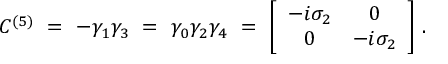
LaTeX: C ^ { ( 5 ) } \ = \ - \gamma _ { 1 } \gamma _ { 3 } \ = \ \gamma _ { 0 } \gamma _ { 2 } \gamma _ { 4 } \ = \ \left[ \begin{array} { c c } { { - i \sigma _ { 2 } } } & { { 0 } } \\ { { 0 } } & { { - i \sigma _ { 2 } } } \end{array} \right] \, .